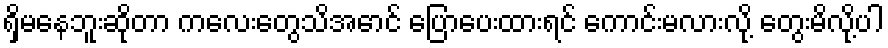
ရှိမနေဘူးဆိုတာ ကလေးတွေသိအောင် ပြောပေးထားရင် ကောင်းမလားလို့ တွေးမိလို့ပါ